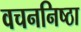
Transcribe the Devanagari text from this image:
वचननिष्ठा